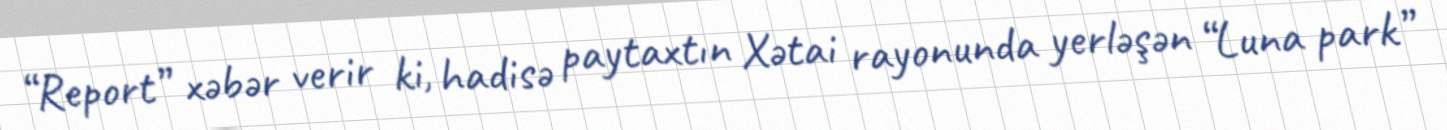
“Report” xəbər verir ki, hadisə paytaxtın Xətai rayonunda yerləşən “Luna park”